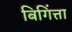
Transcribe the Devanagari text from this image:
बिगिंत्ता